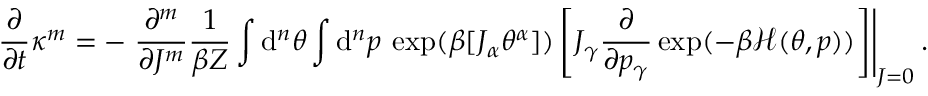
\frac { \partial } { \partial t } \kappa ^ { m } = - \left. \frac { \partial ^ { m } } { \partial J ^ { m } } \frac { 1 } { \beta Z } \int \mathrm { d } ^ { n } \theta \int \mathrm { d } ^ { n } p \: \exp ( \beta [ J _ { \alpha } \theta ^ { \alpha } ] ) \left[ J _ { \gamma } \frac { \partial } { \partial p _ { \gamma } } \exp ( - \beta \mathcal { H } ( \theta , p ) ) \right] \right| _ { J = 0 } .